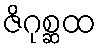
ဇိဂုစ္ဆထ